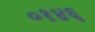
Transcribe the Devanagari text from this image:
०१४६